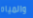
والمياه